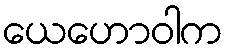
ယေဟောဝါက